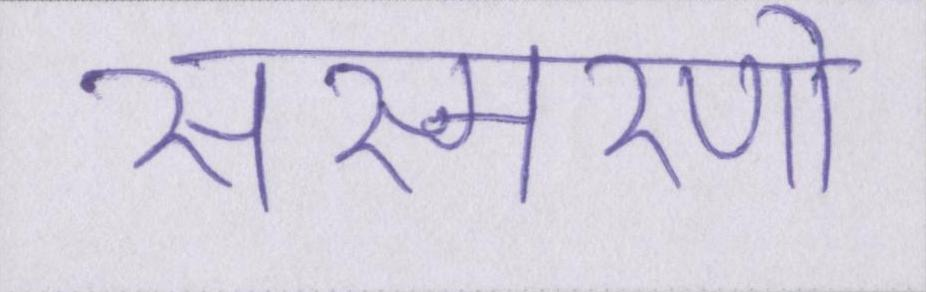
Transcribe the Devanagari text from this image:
संस्मरणो